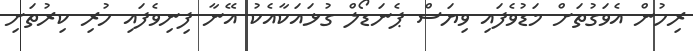
ރިހުން އެވަގުތަށް މަޑުވެފައި ވިޔަސް ޕެނަޑޯލް ގުޅައަކާއެކު އޭނާ ފިނިވެފައި ހުރި ކިރުތަށި